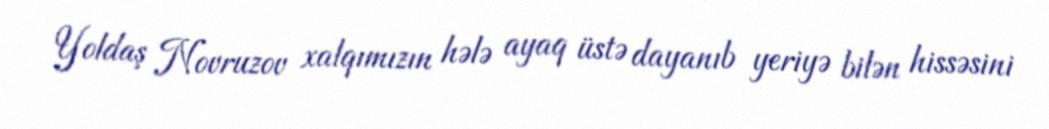
Yoldaş Novruzov xalqımızın hələ ayaq üstə dayanıb yeriyə bilən hissəsini